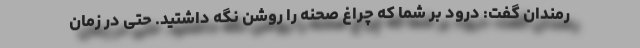
رمندان گفت: درود بر شما که چراغ صحنه را روشن نگه داشتید. حتی در زمان